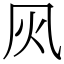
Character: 㶡